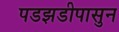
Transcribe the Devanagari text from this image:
पडझडीपासुन